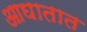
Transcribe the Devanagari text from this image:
आघातात